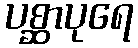
ပစ္ဆာပုရေ